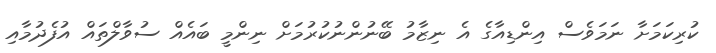
ކުރިކަމަށާ ނަމަވެސް އިންޑިއާގެ އެ ނިޒާމު ބޭނުންނުކުރުމަށް ނިންމީ ބައެއް ސުވާލްތައް އުފެދުމާއި